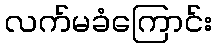
လက်မခံကြောင်း